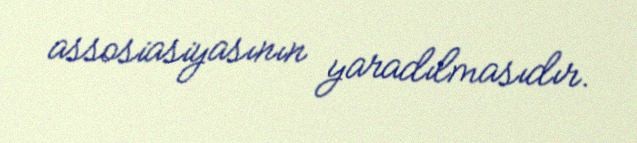
assosiasiyasının yaradılmasıdır.